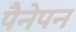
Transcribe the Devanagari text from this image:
पैनेपन